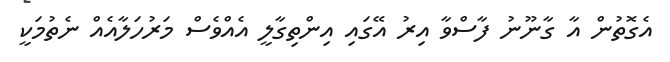
އެގޮތުން އާ ގާނޫނު ފާސްވާ އިރު އޭގައި އިންތިގާލީ އެއްވެސް މަރުހަލާއެއް ނެތުމަކީ